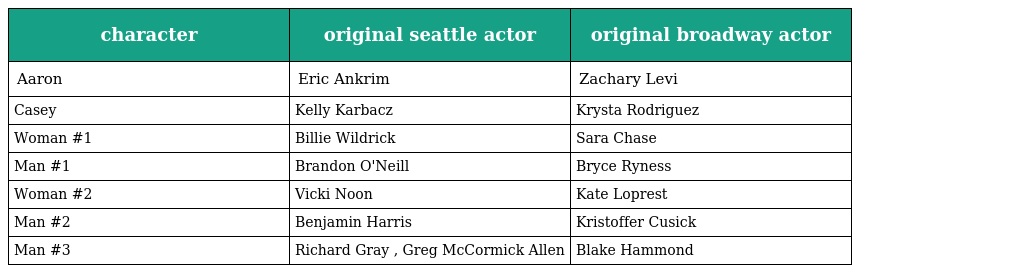
| character | original seattle actor | original broadway actor |
 | --- | --- | --- |
 | Aaron | Eric Ankrim | Zachary Levi |
 | Casey | Kelly Karbacz | Krysta Rodriguez |
 | Woman #1 | Billie Wildrick | Sara Chase |
 | Man #1 | Brandon O'Neill | Bryce Ryness |
 | Woman #2 | Vicki Noon | Kate Loprest |
 | Man #2 | Benjamin Harris | Kristoffer Cusick |
 | Man #3 | Richard Gray , Greg McCormick Allen | Blake Hammond |